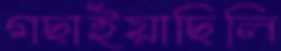
গছাইয়াছিলি